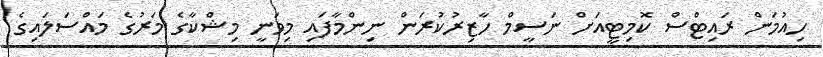
ހިއުމަން ރައިޓްސް ކޮމިޓީއަށް ނަސީމް ހާޒިރުކުރަން ނިންމާފައި މިވަނީ މިޝްކާގެ މަރުގެ މައްސަލައިގެ